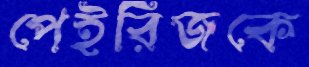
পেইরিজকে